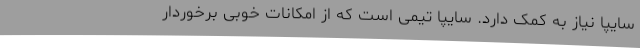
سایپا نیاز به کمک دارد. سایپا تیمی است که از امکانات خوبی برخوردار